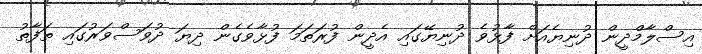
އިސްލާމްދީން ދުނިޔެއަށް ފާޅުވެ ދުނިޔޭގައި އެދީން ފުރަތަމަ ފުޅާވެގެން ދިޔަ ދުވަސްވަރުގައި ތަފާތު